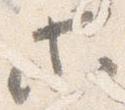
等